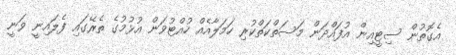
އެގޮތުން ސިޓީއިން އުފައްދަން މަސަތްކަތްކުރި ހަމަލާއެއް ހުއްޓުވަން އުޅުމުގެ ތެރޭގައި ފެލައިނީ ވަނީ